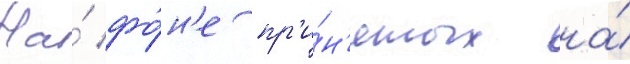
На́ фо́н'е пр'и́н'ятых на́